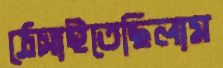
ঠেসাইতেছিলাম